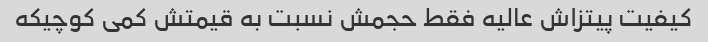
کیفیت پیتزاش عالیه فقط حجمش نسبت به قیمتش کمی کوچیکه